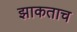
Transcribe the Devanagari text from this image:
झाकताच